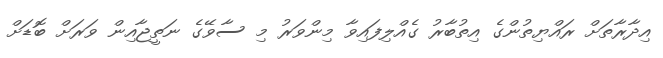
އިދާރާތަށް ރައްޔިތުންގެ އިތުބާރު ގެއްލިފައިވާ މިންވަރު މި ސާވޭގެ ނަތީޖާއިން ވަރަށް ބޮޑަށް